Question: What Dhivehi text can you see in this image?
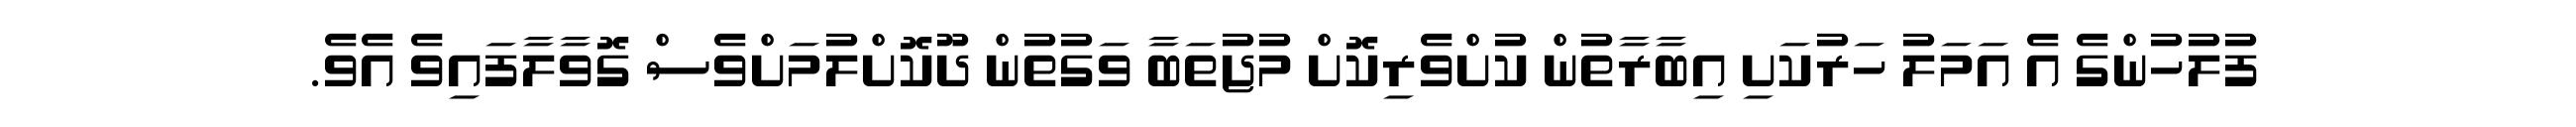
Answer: ފުލުހުންގެ އެ އަމަލު ހަރުކަށި އިބާރާތުން ކުށްވެރިކޮށް މުޖުތަބާ ވަގުތުން ދޫކޮށްލުމަށްވެސް ގޮވާލާފައިވެ އެވެ.